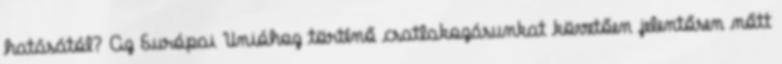
hatásától? Az Európai Unióhoz történő csatlakozásunkat követően jelentősen nőtt